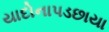
યાદોનાપડછાયા